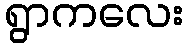
ရွာကလေး